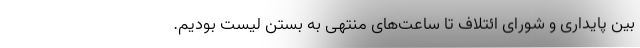
بین پایداری و شورای ائتلاف تا ساعت‌های منتهی به بستن لیست بودیم.